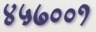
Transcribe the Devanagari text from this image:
४५७००१